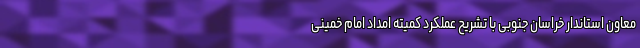
معاون استاندار خراسان جنوبی با تشریح عملکرد کمیته امداد امام خمینی